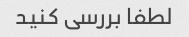
لطفا بررسی کنید